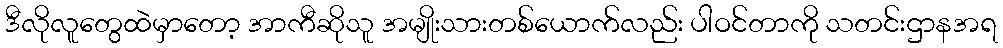
ဒီလိုလူတွေထဲမှာတော့ အာကီဆိုသူ အမျိုးသားတစ်ယောက်လည်း ပါဝင်တာကို သတင်းဌာနအရ